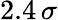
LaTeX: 2.4\, \sigma